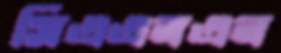
সিএএনএন